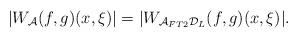
LaTeX: \begin{align*}|W_\mathcal{A}(f,g)(x,\xi)|=|W_{\mathcal{A}_{FT2}\mathcal{D}_L}(f,g)(x,\xi)|.\end{align*}